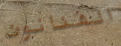
الفنانون